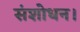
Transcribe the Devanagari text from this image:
संशोधन।